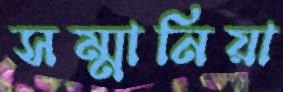
সম্মানিয়া